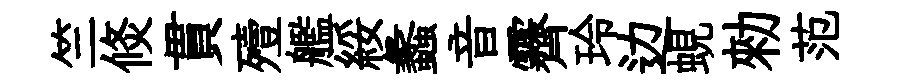
竺倐貫殪艦綏蠡音霽玲边蜆勑范